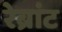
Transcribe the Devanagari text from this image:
रेब्रांट